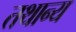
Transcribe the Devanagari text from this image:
तथान्य